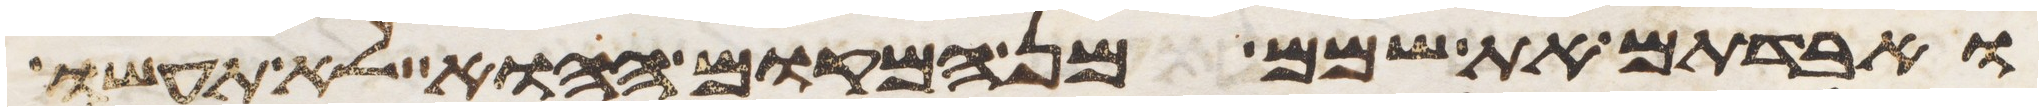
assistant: ואבדתם את שמם מן המקום ההוא לא תעשו